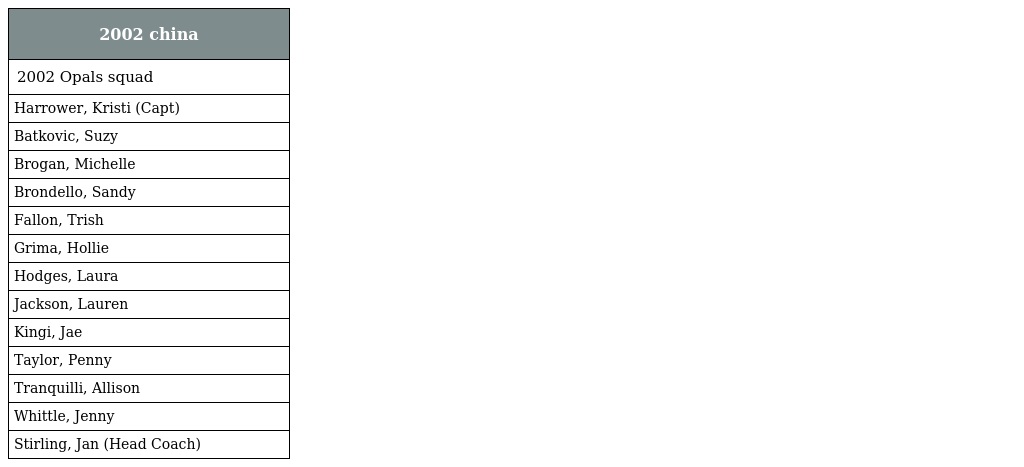
| 2002 china |
 | --- |
 | 2002 Opals squad |
 | Harrower, Kristi (Capt) |
 | Batkovic, Suzy |
 | Brogan, Michelle |
 | Brondello, Sandy |
 | Fallon, Trish |
 | Grima, Hollie |
 | Hodges, Laura |
 | Jackson, Lauren |
 | Kingi, Jae |
 | Taylor, Penny |
 | Tranquilli, Allison |
 | Whittle, Jenny |
 | Stirling, Jan (Head Coach) |